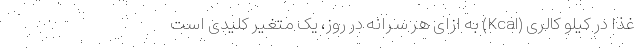
غذا در کیلو کالری (Kcal) به ازای هر سرانه در روز، یک متغیر کلیدی است